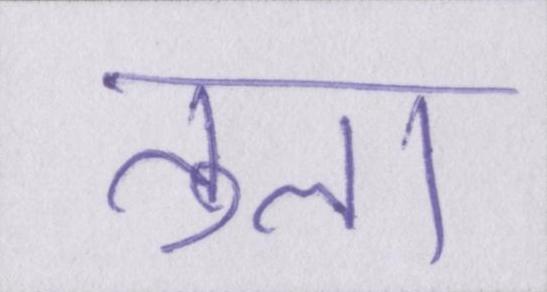
तुला